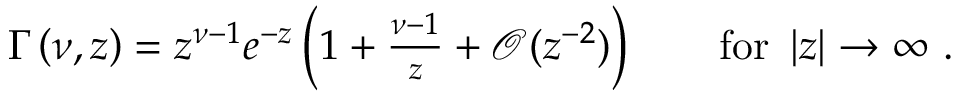
\begin{array} { r } { \Gamma \left( \nu , z \right) = z ^ { \nu - 1 } e ^ { - z } \left( 1 + \frac { \nu - 1 } { z } + \mathcal { O } ( z ^ { - 2 } ) \right) \qquad \mathrm { f o r } \ \left| z \right| \to \infty \ . } \end{array}